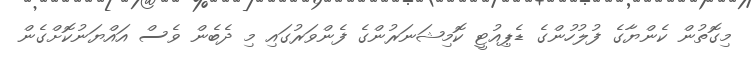
މިގޮތުން ކެންޔާގެ ފުލުހުންގެ ޑެޕިއުޓީ ކޮމިޝަނަރުންގެ ފެންވަރުގައި މި ދެބެން ވެސް އައްޔަނުކޮށްގެން